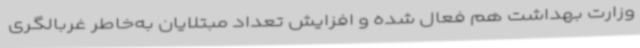
وزارت بهداشت هم فعال شده و افزایش تعداد مبتلایان به‌خاطر غربالگری